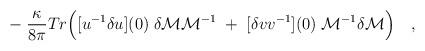
LaTeX: \begin{align*}\qquad -\;{\kappa \over{ 8\pi}} Tr\Bigl([u^{-1}\delta u](0)\; \delta{\cal M} {\cal M}^{-1} \; +\;[\delta v v^{-1}](0)\; {\cal M}^{-1}\delta{\cal M} \Bigr)\quad,\end{align*}